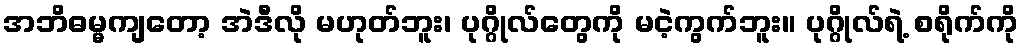
အဘိဓမ္မကျတော့ အဲဒီလို မဟုတ်ဘူး၊ ပုဂ္ဂိုလ်တွေကို မငဲ့ကွက်ဘူး။ ပုဂ္ဂိုလ်ရဲ့ စရိုက်ကို